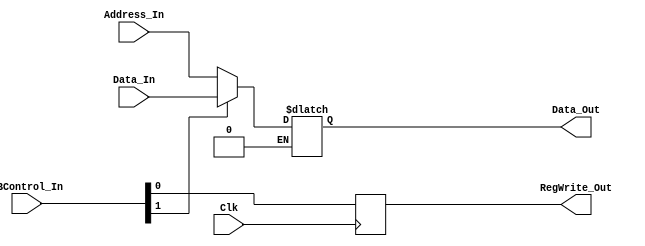
module WB(
	//input
	input Clk,
	input [31:0] Address_In,
	input [1:0] WBControl_In,
	input [31:0] Data_In,
	//output
	output [31:0] Data_Out,
	output RegWrite_Out
);

	reg [31:0] Data_Out;
	wire RegWrite;
	reg RegWrite_Out;

	always @(WBControl_In) begin
		if(WBControl_In[1] == 1) begin
			 Data_Out = Data_In;
		end
		else if(WBControl_In[1] == 0) begin
			 Data_Out = Address_In;
		end
	end
	assign RegWrite = WBControl_In[0];
	always @(negedge Clk) begin
		 RegWrite_Out = RegWrite;
	end
endmodule